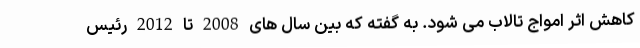
کاهش اثر امواج تالاب می شود. به گفته که بین سال های 2008 تا 2012 رئیس